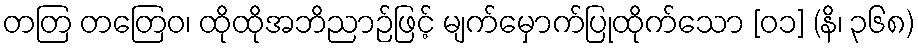
တတြ တတြေဝ၊ ထိုထိုအဘိညာဉ်ဖြင့် မျက်မှောက်ပြုထိုက်သော [၀၁] (နိ၊ ၃၆၈)